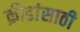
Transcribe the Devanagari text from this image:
क्रीडांसाठी